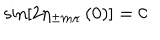
\sin \left[ 2 \eta _ { \pm m \kappa } \left( 0 \right) \right] = 0